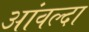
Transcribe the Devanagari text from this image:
आंवल्दा